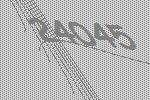
24045